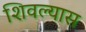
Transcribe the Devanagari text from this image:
शिवल्यास